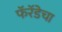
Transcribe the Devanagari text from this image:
फॅरॅडेचा